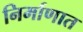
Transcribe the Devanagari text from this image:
निर्माणात